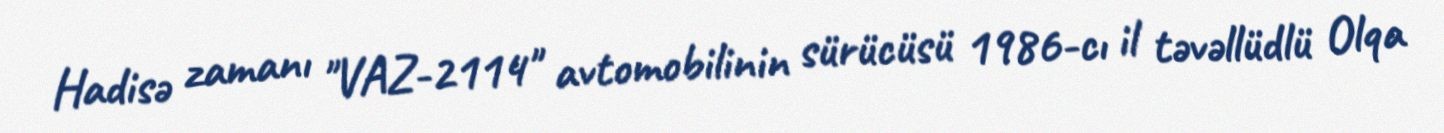
Hadisə zamanı "VAZ-2114" avtomobilinin sürücüsü 1986-cı il təvəllüdlü Olqa